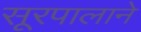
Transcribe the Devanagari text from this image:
सूरपालाने